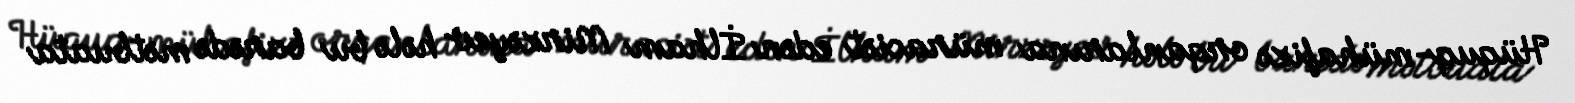
Hüquq-mühafizə orqanlarına müraciət edən İlham Mirzəyev hələ bu barədə mətbuata